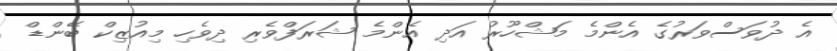
އެ ދުވަސްވަރުގެ އެންމެ މަޝްހޫރު އަދި އެންމެ ޝަރަފްވެރި ދިވެހި މިއުޒިކް ބޭންޑް